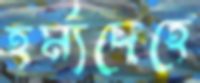
হর্ম্যদেহে